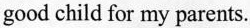
good child for my parents.